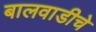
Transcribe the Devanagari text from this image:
बालवाडीचे